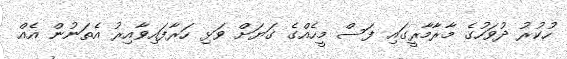
ހުކުރު ދުވަހުގެ މާރާމާރީގައި ފަސް މީހެއްގެ ގަޔަށް ވަޅި ހަރާފައިވާއިރު އެތަނުން އެއް